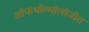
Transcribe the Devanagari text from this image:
ऑफथॉल्मॉलॉजीत